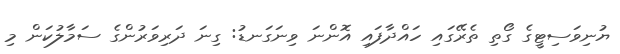
ޔުނިވަސިޓީގެ ގޯތި ތެރޭގައި ހައްދާފައި އޮންނަ ވިނަގަނޑު: ގިނަ ދަރިވަރުންގެ ސަމާލުކަން މި